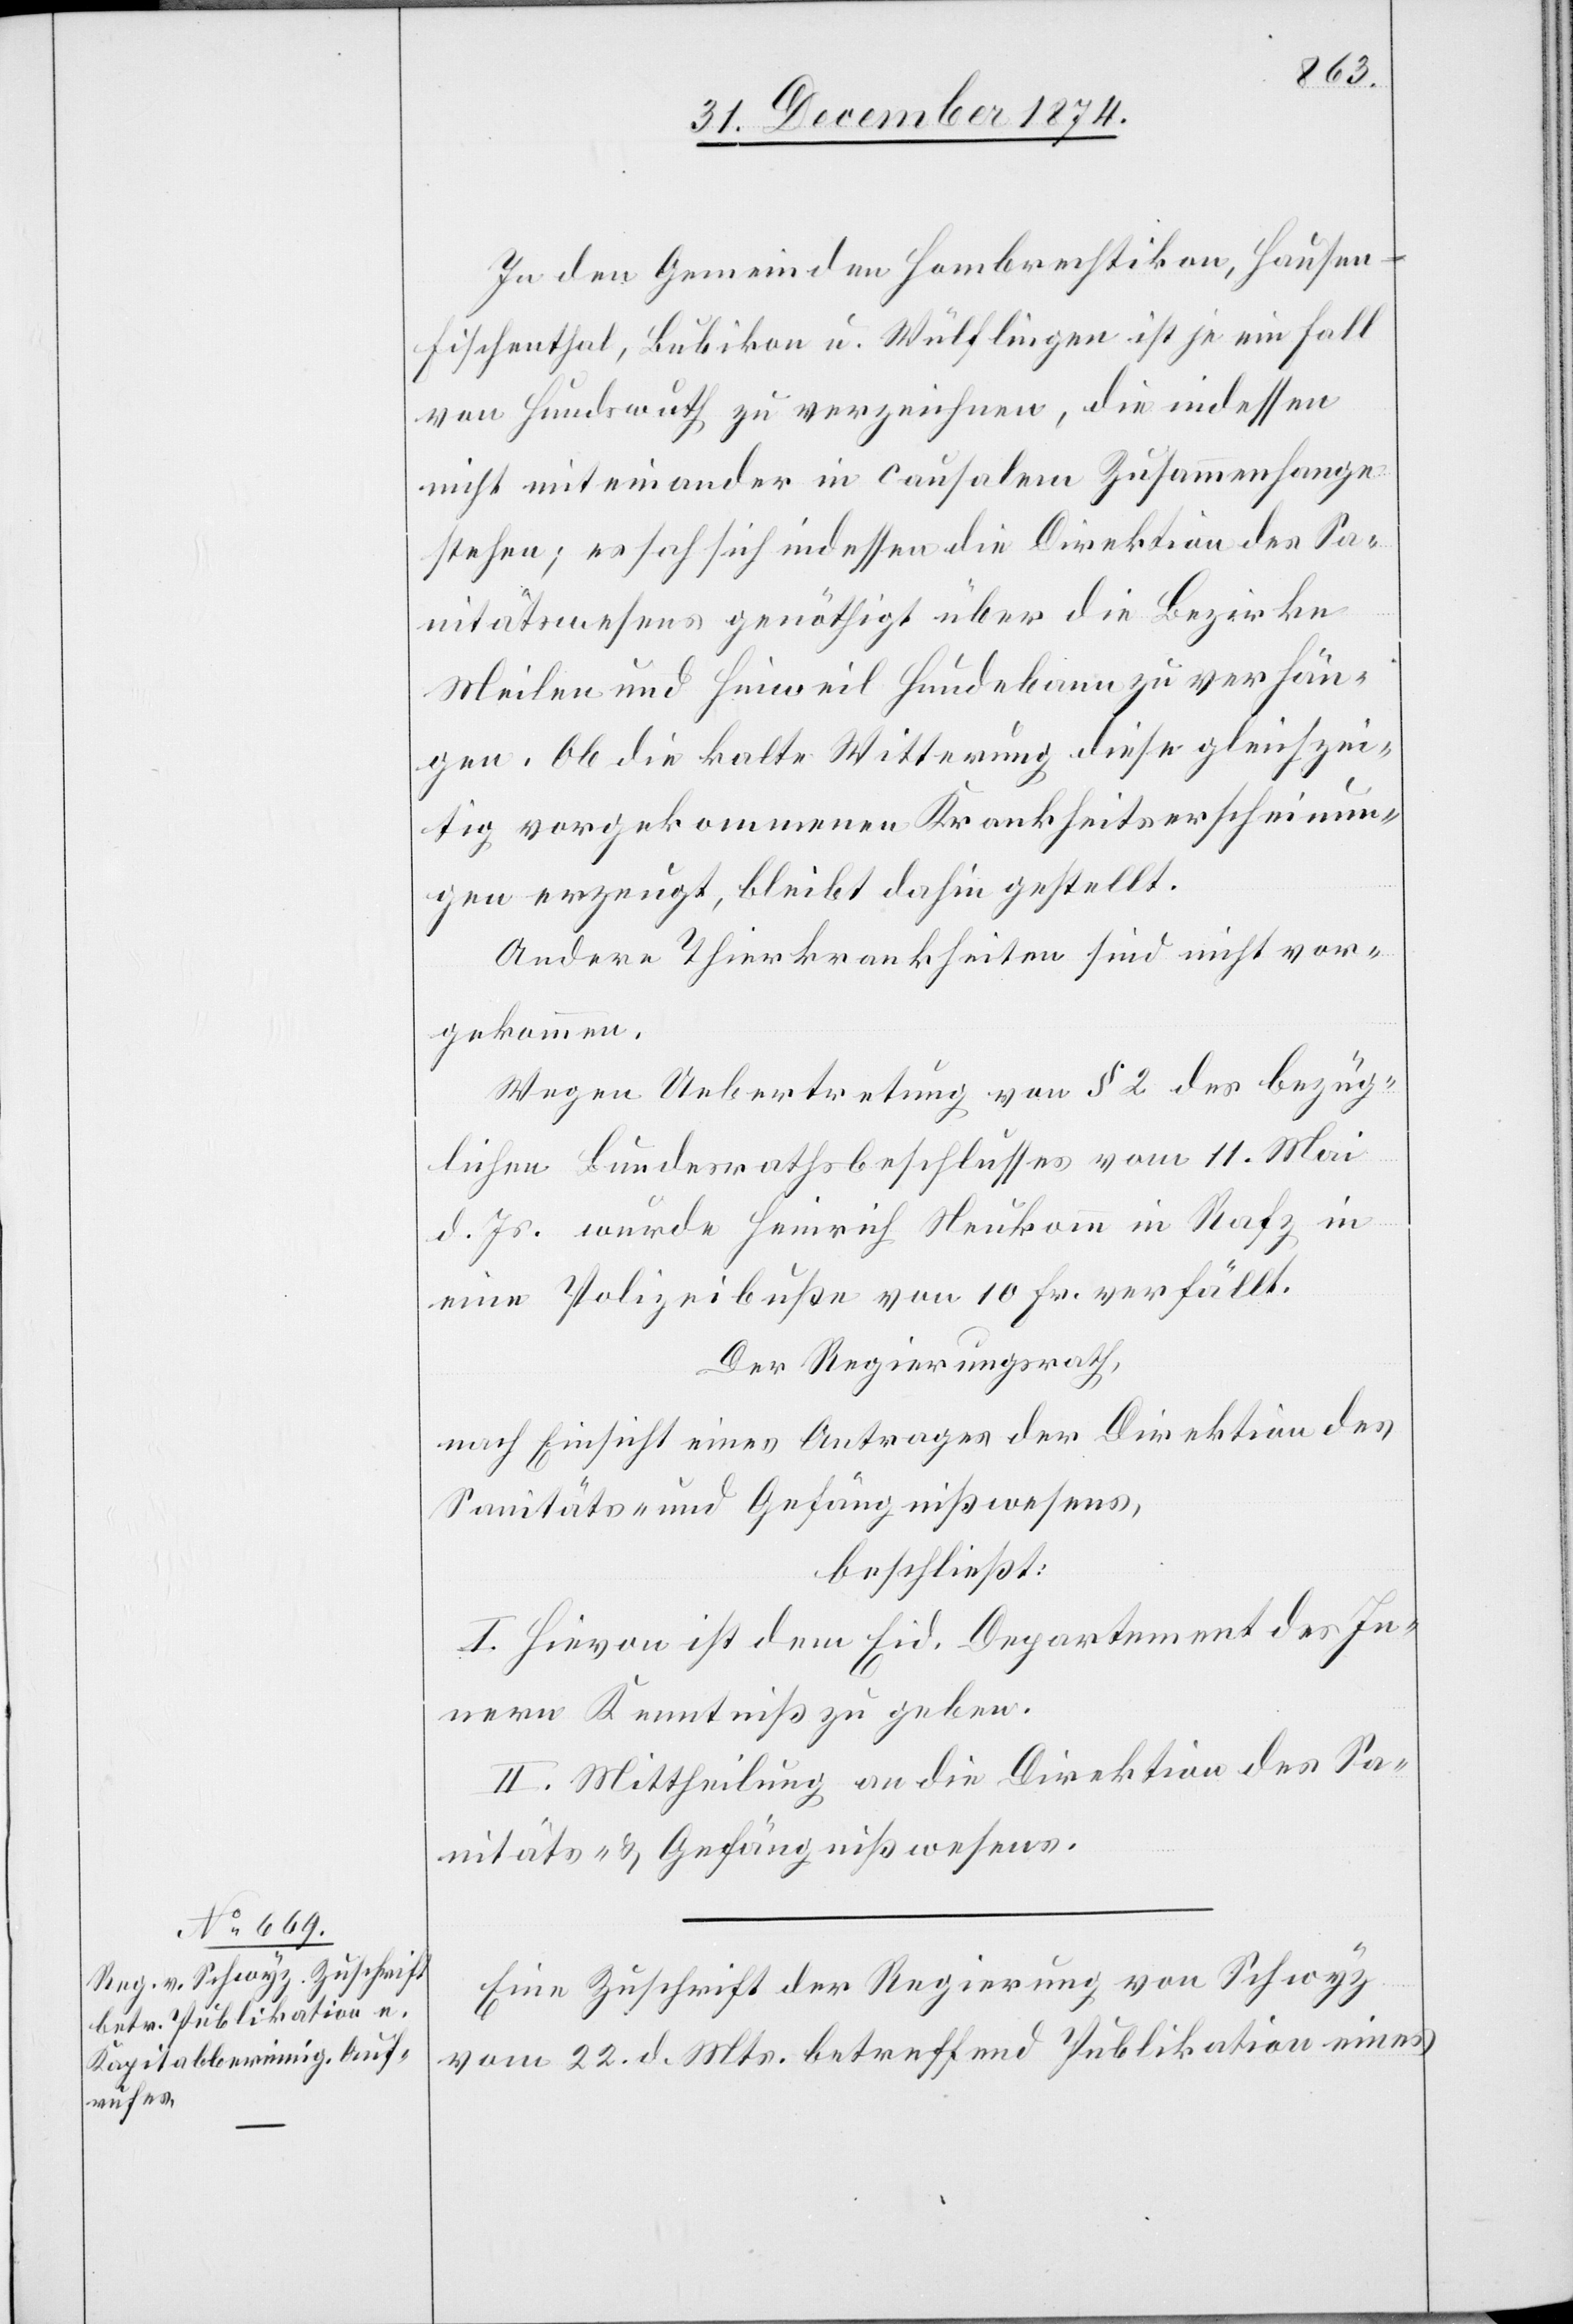
31. December 1874.]
In den Gemeinden Hombrechtikon, Hausen
Fischenthal, Bubikon u. Wülflingen ist je ein Fall
von Hundswuth zu verzeichnen, die indessen
nicht miteinander in causalem Zusammenhange
stehen; es sah sich indessen die Direktion des Sa¬
nitätswesens genöthigt über die Bezirke
Meilen und Hinweil Hundebann zu verhän¬
gen. Ob die kalte Witterung diese gleichzei¬
tig vorgekommenen Krankheitserscheinun¬
gen erzeugt, bleibt dahin gestellt.
Andere Thierkrankheiten sind nicht vor¬
gekommen.
Wegen Uebertretung von § 2 des bezüg¬
lichen Bundesrathsbeschlusses vom 11. Mai
d. Js. wurde Heinrich Neukomm in Rafz
eine Polizeibuße von 10 Fr. verfällt.
Der Regierungsrath,
nach Einsicht eines Antrages der Direktion des
Sanitäts- und Gefängnißwesens,
beschließt:
I. Hievon ist dem Eid. Departement des In¬
nern Kenntniß zu geben.
II. Mittheilung an die Direktion des Sa¬
nitäts- & Gefängnißwesens.
Eine Zuschrift der Regierung von Schwyz
vom 22. d. Mts. betreffend Publikation eines